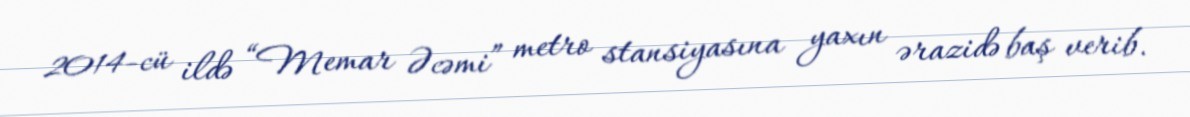
2014-cü ildə “Memar Əcəmi” metro stansiyasına yaxın ərazidə baş verib.